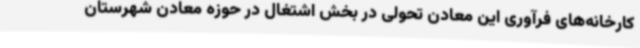
کارخانه‌های فرآوری این معادن تحولی در بخش اشتغال در حوزه معادن شهرستان